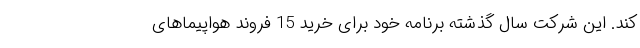
کند. این شرکت سال گذشته برنامه خود برای خرید 15 فروند هواپیماهای